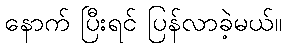
နောက် ပြီးရင် ပြန်လာခဲ့မယ်။